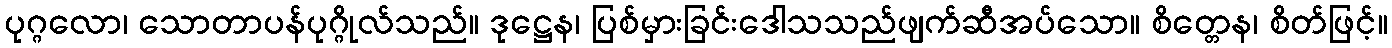
ပုဂ္ဂလော၊ သောတာပန်ပုဂ္ဂိုလ်သည်။ ဒုဋ္ဌေန၊ ပြစ်မှားခြင်းဒေါသသည်ဖျက်ဆီအပ်သော။ စိတ္တေန၊ စိတ်ဖြင့်။